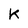
Character: K